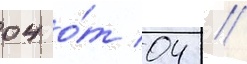
04 о́т 04 //